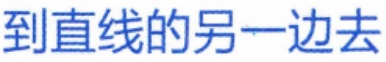
到直线的另一边去